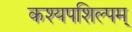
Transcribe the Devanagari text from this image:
कश्यपशिल्पम्